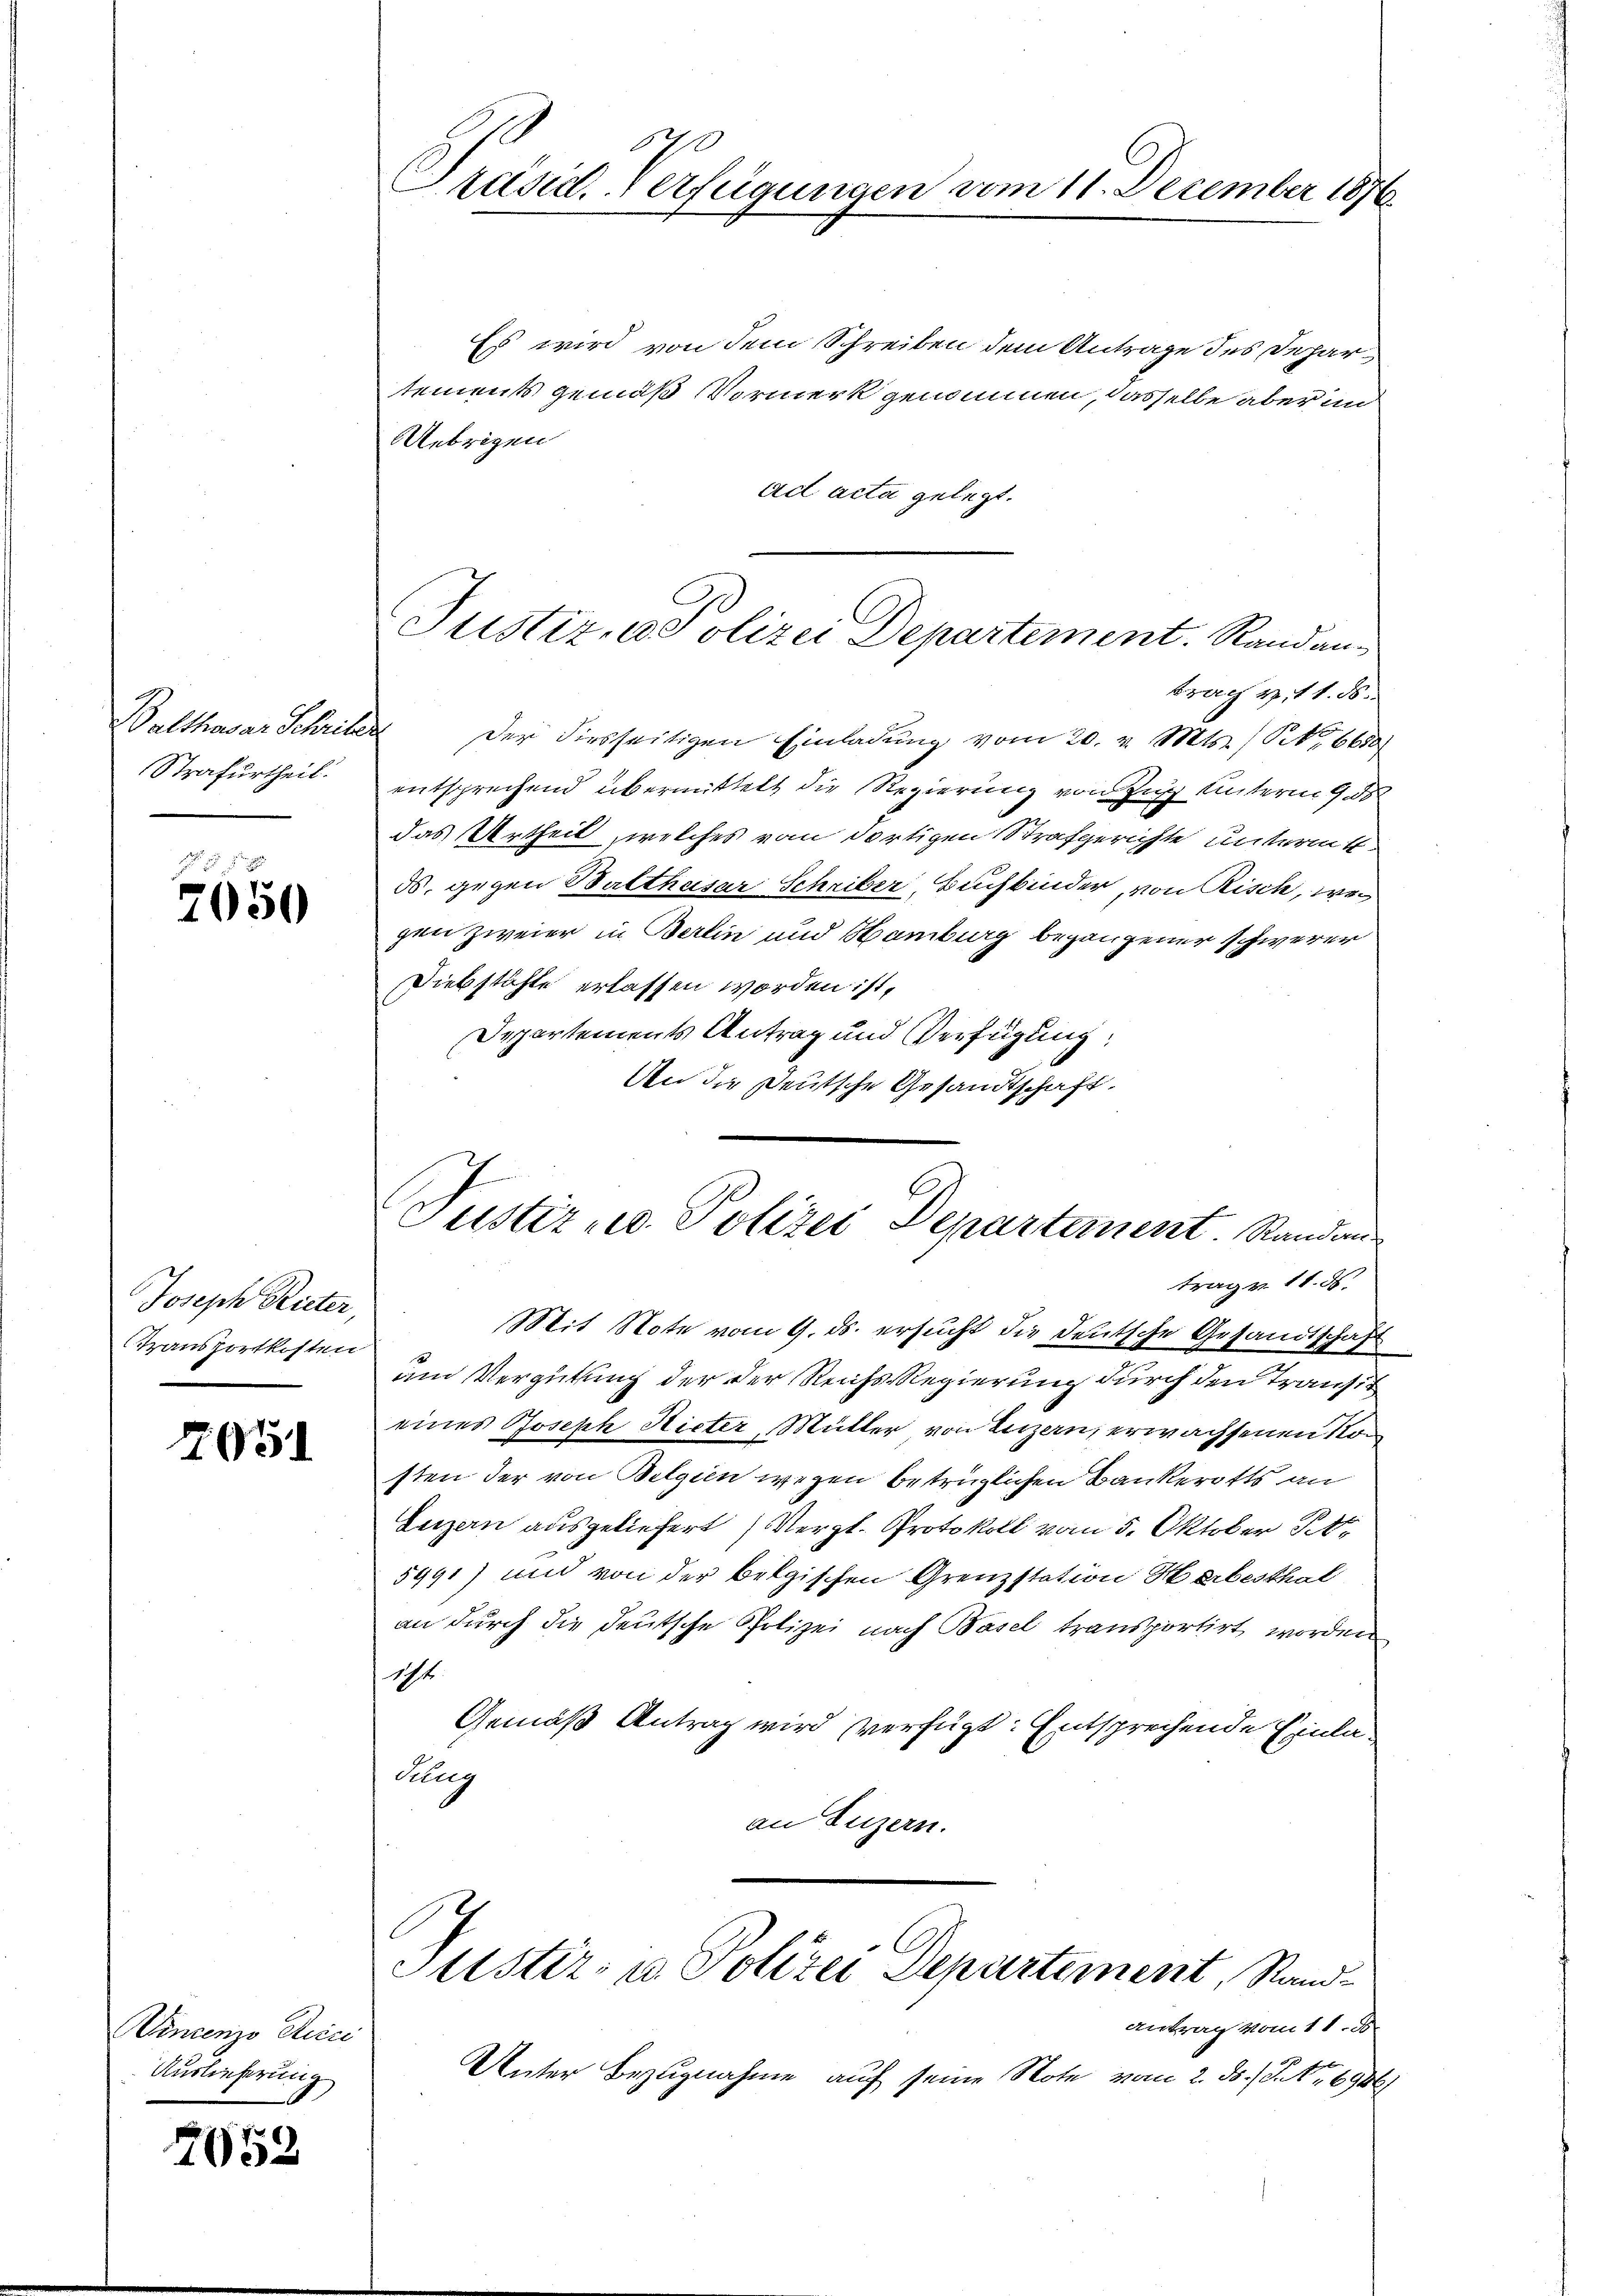
Strafurtheil.

7650

Joseph Rieter,
Transportkosten

2051

Wincenzo Rcici
Auslieferung

2052

2
Präsid. Verfügungen vom 18. December 1876

Es wird von dem Schreiben dem Antrage des Departements gemäß Vormerk genommen, dasselbe aber in
Uebrigen
ad acta gelegt.

Brach 2. 11. 88.
Balthasar Schriber der diesseitigen Einladung vom 20. v. Mts. / No 6600 f
entsprechend übermittelt die Regierung von Zug unterm 9 de
das Urtheil, welches vom dortigen Strafgerichte unterm 4.
ds. gegen Balthasar Schriber, Buchbinder, von Risch, weigen zweier in Berlin und Hamburg begangener schwerer
Diebstähle erlassen worden ist,
Departements Antrag und Verfügung:
An die Deutsche Gesandtschaft.

Justiz- & Polizei Departement. Randan¬

Justiz- u. Polizei Departanent. Randan
trag v. 11. d.

Justiz- u. Polizei Departement, Stand-
antrag vom 11. J

Unter Bezugnahme auf seine Note vom 2. ds. S. Nr. 69861

Mit Note vom 9. ds. ersucht die deutsche Gesandtschaft
und Vergütung der der Reichs Regierung durch den Transit
eines Joseph Hirter, Mutter von Luzern, erwachsenen Son
sten der von Belgien wegen betrüglichen Bankerotts an
Luzern ausgeliefert (Vergl. Protokoll vom 5. Oktober St
5991) und von der belgischen Grenzstation Herbesthal
an durch die deutsche Polizei nach Basel transportirt worden
194
Gemäß Antrag wird verfügt: Entsprechende Einlalung
an Luzern.